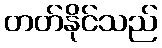
တတ်နိုင်သည်